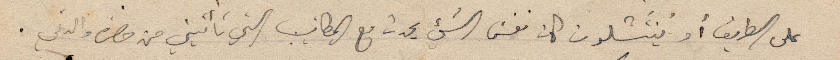
على الطريق أو يُنتَشلون كان نفسَ الشيء يحدث مع المكاتيب التي تأتيني من حضرة والدتي.